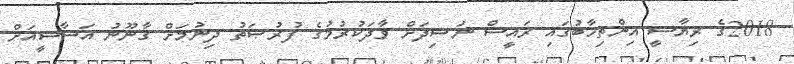
2018ގެ ރިޔާސީ އިންތިޚާބުގައި ރައީސް ނަޝިދަށް ވާދަކުރުމުގެ ފުރުޞަތު ދިނުމަށް ޤާނޫނު އަސާސީއަށް